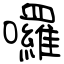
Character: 囉